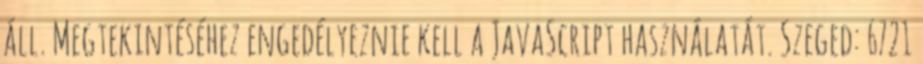
áll. Megtekintéséhez engedélyeznie kell a JavaScript használatát. Szeged: 6721